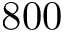
8 0 0